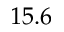
1 5 . 6